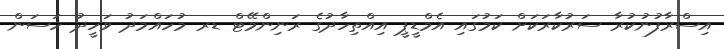
އިސްރާފުނުކުރާ ސަރުކާރަކަށް ކަމުގައި އެމްޑީޕީ އިއްތިހާދުގެ ރަނިންމޭޓް ޑރ މުހައްމަދު ވަހީދު ހަސަން